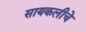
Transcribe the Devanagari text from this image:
सायकलीचे